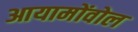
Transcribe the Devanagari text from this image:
आयामोंवोल